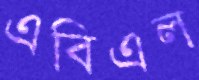
এবিএল